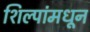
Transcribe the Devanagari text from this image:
शिल्पांमधून